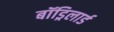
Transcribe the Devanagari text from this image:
बॉड्रिलार्ड